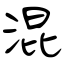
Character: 混